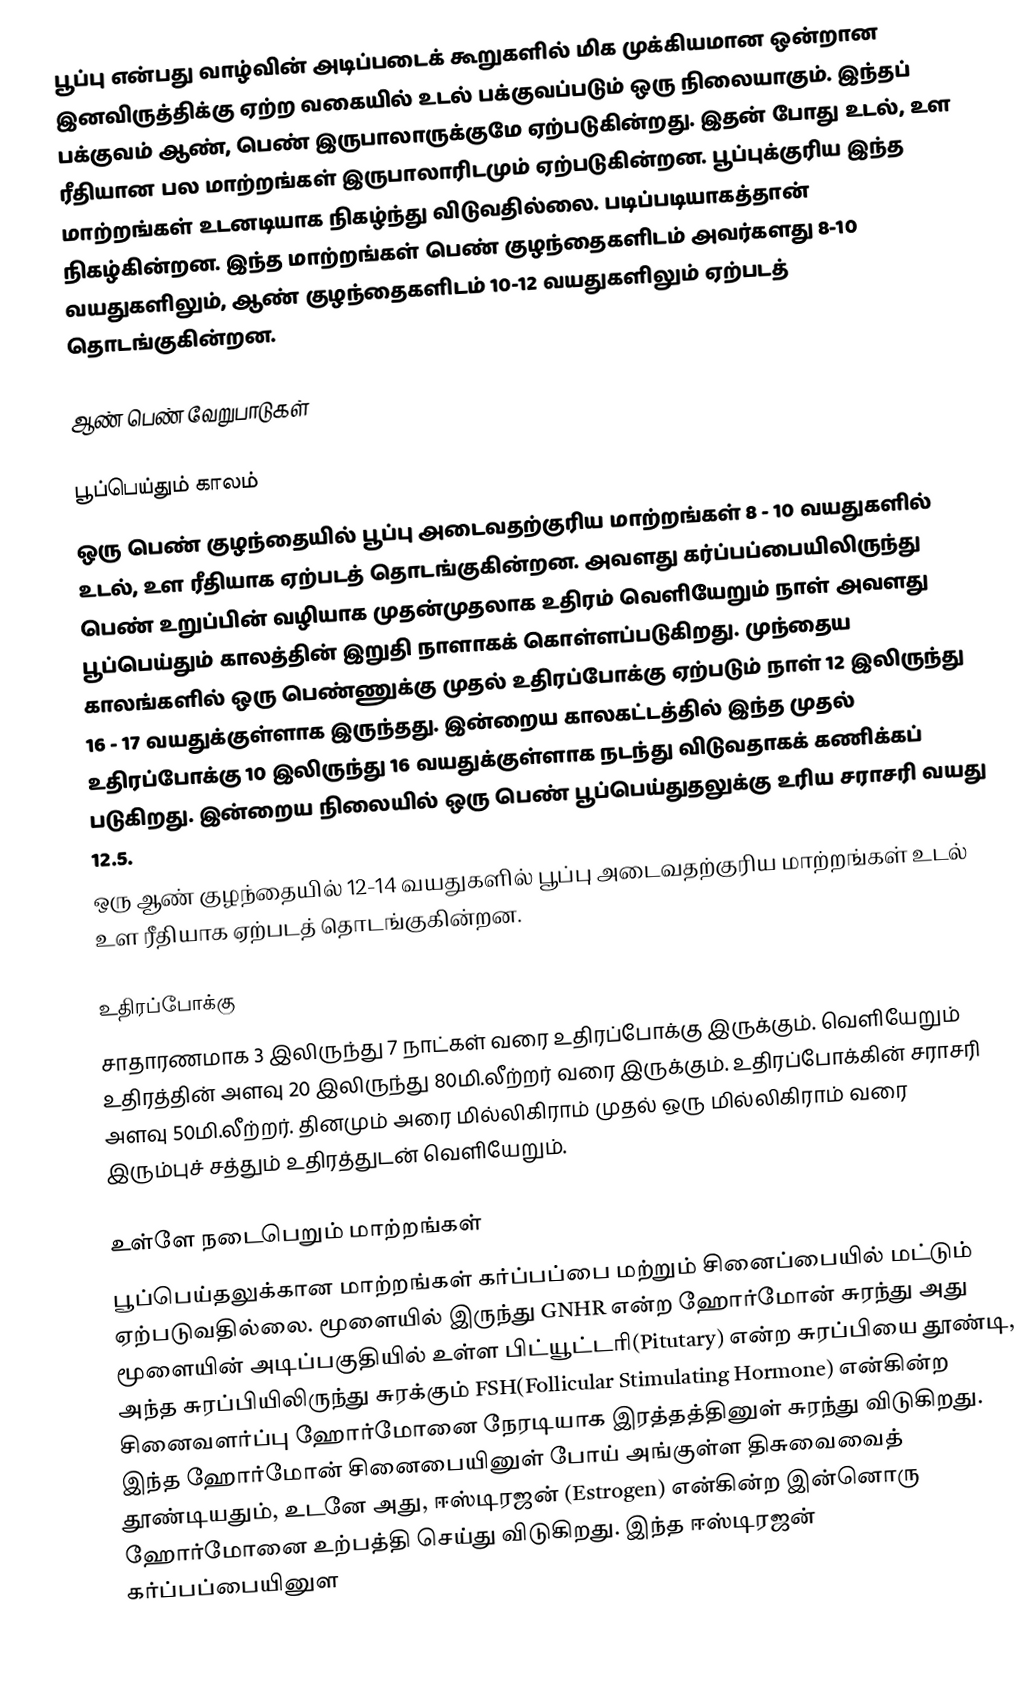
பூப்பு என்பது வாழ்வின் அடிப்படைக் கூறுகளில் மிக முக்கியமான ஒன்றான இனவிருத்திக்கு ஏற்ற வகையில் உடல் பக்குவப்படும் ஒரு நிலையாகும். இந்தப் பக்குவம் ஆண், பெண் இருபாலாருக்குமே ஏற்படுகின்றது. இதன் போது  உடல், உள ரீதியான பல மாற்றங்கள் இருபாலாரிடமும் ஏற்படுகின்றன. பூப்புக்குரிய இந்த மாற்றங்கள் உடனடியாக நிகழ்ந்து விடுவதில்லை. படிப்படியாகத்தான் நிகழ்கின்றன. இந்த மாற்றங்கள் பெண் குழந்தைகளிடம் அவர்களது 8-10 வயதுகளிலும், ஆண் குழந்தைகளிடம் 10-12 வயதுகளிலும் ஏற்படத் தொடங்குகின்றன.

ஆண் பெண் வேறுபாடுகள்

பூப்பெய்தும் காலம்
ஒரு பெண் குழந்தையில்  பூப்பு அடைவதற்குரிய மாற்றங்கள் 8 - 10 வயதுகளில் உடல், உள ரீதியாக ஏற்படத் தொடங்குகின்றன. அவளது கர்ப்பப்பையிலிருந்து பெண் உறுப்பின் வழியாக முதன்முதலாக உதிரம் வெளியேறும் நாள் அவளது பூப்பெய்தும் காலத்தின் இறுதி நாளாகக் கொள்ளப்படுகிறது. முந்தைய காலங்களில் ஒரு பெண்ணுக்கு முதல் உதிரப்போக்கு ஏற்படும் நாள் 12  இலிருந்து 16 - 17 வயதுக்குள்ளாக இருந்தது. இன்றைய காலகட்டத்தில் இந்த முதல் உதிரப்போக்கு 10 இலிருந்து 16 வயதுக்குள்ளாக நடந்து விடுவதாகக் கணிக்கப் படுகிறது. இன்றைய நிலையில் ஒரு பெண் பூப்பெய்துதலுக்கு உரிய சராசரி வயது 12.5.
ஒரு ஆண் குழந்தையில் 12-14 வயதுகளில் பூப்பு அடைவதற்குரிய மாற்றங்கள் உடல் உள ரீதியாக ஏற்படத் தொடங்குகின்றன.

உதிரப்போக்கு
சாதாரணமாக 3 இலிருந்து 7 நாட்கள் வரை உதிரப்போக்கு இருக்கும். வெளியேறும் உதிரத்தின் அளவு 20 இலிருந்து 80மி.லீற்றர் வரை இருக்கும். உதிரப்போக்கின் சராசரி அளவு 50மி.லீற்றர். தினமும் அரை மில்லிகிராம் முதல் ஒரு மில்லிகிராம் வரை இரும்புச் சத்தும் உதிரத்துடன் வெளியேறும்.

உள்ளே நடைபெறும் மாற்றங்கள்
பூப்பெய்தலுக்கான மாற்றங்கள் கர்ப்பப்பை மற்றும் சினைப்பையில் மட்டும் ஏற்படுவதில்லை. மூளையில் இருந்து GNHR என்ற ஹோர்மோன் சுரந்து அது மூளையின் அடிப்பகுதியில் உள்ள பிட்யூட்டரி(Pitutary) என்ற சுரப்பியை தூண்டி, அந்த சுரப்பியிலிருந்து சுரக்கும் FSH(Follicular Stimulating Hormone) என்கின்ற சினைவளர்ப்பு ஹோர்மோனை நேரடியாக இரத்தத்தினுள் சுரந்து விடுகிறது. இந்த ஹோர்மோன் சினைபையினுள் போய் அங்குள்ள திசுவைவைத் தூண்டியதும், உடனே அது, ஈஸ்டிரஜன் (Estrogen) என்கின்ற இன்னொரு ஹோர்மோனை உற்பத்தி செய்து விடுகிறது. இந்த ஈஸ்டிரஜன் கர்ப்பப்பையினுள